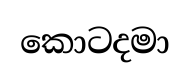
කොටදමා